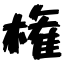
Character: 権